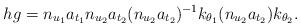
LaTeX: \begin{align*} hg = n_{u_1}a_{t_1} n_{u_2}a_{t_2}(n_{u_2}a_{t_2})^{-1}k_{\theta_1}(n_{u_2} a_{t_2})k_{\theta_2}.\end{align*}